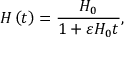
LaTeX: H \left( t \right) = \frac { H _ { 0 } } { 1 + \varepsilon H _ { 0 } t } ,